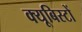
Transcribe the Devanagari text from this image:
क्यूबिस्टों